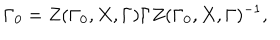
\Gamma _ { 0 } = Z ( \Gamma _ { 0 } , X , \Gamma ) \Gamma Z ( \Gamma _ { 0 } , X , \Gamma ) ^ { - 1 } ,